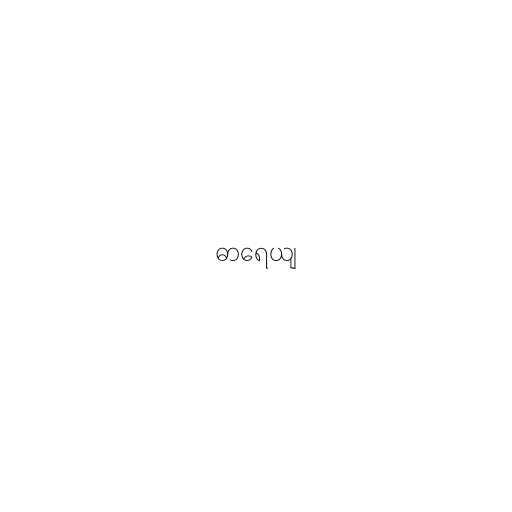
ဓာရေယျ